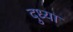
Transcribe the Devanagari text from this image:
दुध्या